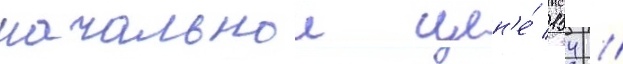
начальнои цен'е́ 154 /